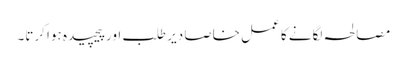
مصالحہ لگانے کا عمل خاصا دیر طلب اور پیچیدہ ہوا کرتا۔